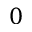
0